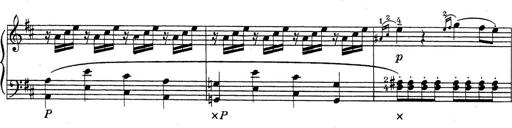
Title: ÄŒeskÃ© Sonatiny
Composer: Various